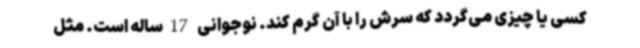
کسی یا چیزی می‌گردد که سرش را با آن گرم کند. نوجوانی 17ساله است. مثل